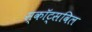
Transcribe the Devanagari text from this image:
स्कॉट्सविल